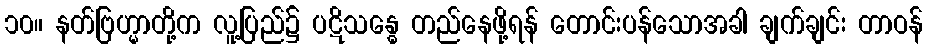
၁၀။ နတ်ဗြဟ္မာတို့က လူ့ပြည်၌ ပဋိသန္ဓေ တည်နေဖို့ရန် တောင်းပန်သောအခါ ချက်ချင်း တာဝန်